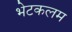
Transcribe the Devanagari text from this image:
भेटकलम